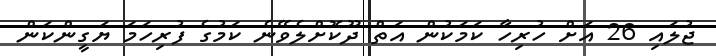
ޖުލައި 26 އަށް ހުރިހާ ކަމަކުން އަތް ދޫކޮށްލެވޭނެ ކަމުގެ ފުރިހަމަ ޔަގީންކަން